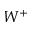
W ^ { + }